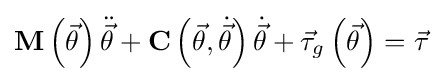
\mathbf {M} \left({\vec {\theta }}\right){\ddot {\vec {\theta }}}+\mathbf {C} \left({\vec {\theta }},{\dot {\vec {\theta }}}\right){\dot {\vec {\theta }}}+{\vec {\tau }}_{g}\left({\vec {\theta }}\right)={\vec {\tau }}